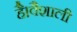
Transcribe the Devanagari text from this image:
है।वैशाली